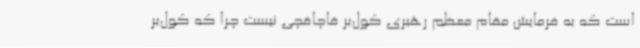
است که به فرمایش مقام معظم رهبری کول‌بر قاچاقچی نیست چرا که کول‌بر